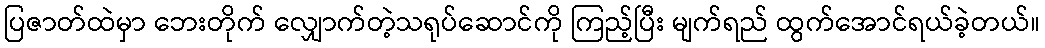
ပြဇာတ်ထဲမှာ ဘေးတိုက် လျှောက်တဲ့သရုပ်ဆောင်ကို ကြည့်ပြီး မျက်ရည် ထွက်အောင်ရယ်ခဲ့တယ်။